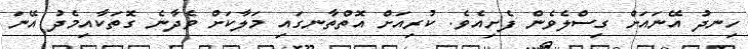
ހިނދު އޭނައަށް ގިސްލެވެން ފެށިއެވެ. ކުރިއަށް އޮތްތާނގައި މަލާކަށް ވެދާނެ ގޮތަކާއިމެދު އޭނަ